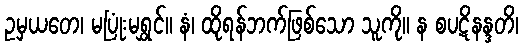
ဥမှယတေ၊ မပြုံးမရွှင်။ နံ၊ ထိုရန်ဘက်ဖြစ်သော သူကို။ န စပဋိနန္ဒတိ၊